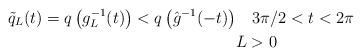
LaTeX: \begin{align*}\tilde{q}_L(t) =q\left( g_L^{-1}(t) \right) <q\left( \hat{g}^{-1}(-t) \right) &\quad3\pi/2 < t < 2\pi \\ &L > 0\end{align*}